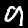
Digit: 9